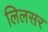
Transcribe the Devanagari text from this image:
लिलसर